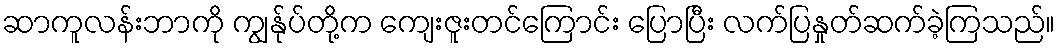
ဆာကူလန်းဘာကို ကျွန်ုပ်တို့က ကျေးဇူးတင်ကြောင်း ပြောပြီး လက်ပြနှုတ်ဆက်ခဲ့ကြသည်။